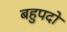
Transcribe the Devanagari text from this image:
बहुपदो